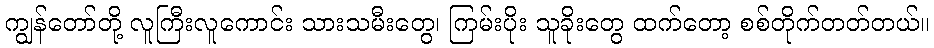
ကျွန်တော်တို့ လူကြီးလူကောင်း သားသမီးတွေ၊ ကြမ်းပိုး သူခိုးတွေ ထက်တော့ စစ်တိုက်တတ်တယ်။